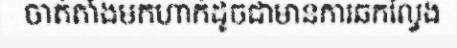
ចាត់តាំងមកហាក់ដូចជាមានការឆកល្វែង